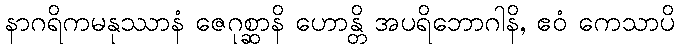
နာဂရိကမနုဿာနံ ဇေဂုစ္ဆာနိ ဟောန္တိ အပရိဘောဂါနိ, ဧဝံ ကေသာပိ